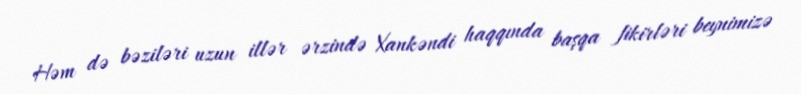
Həm də bəziləri uzun illər ərzində Xankəndi haqqında başqa fikirləri beynimizə